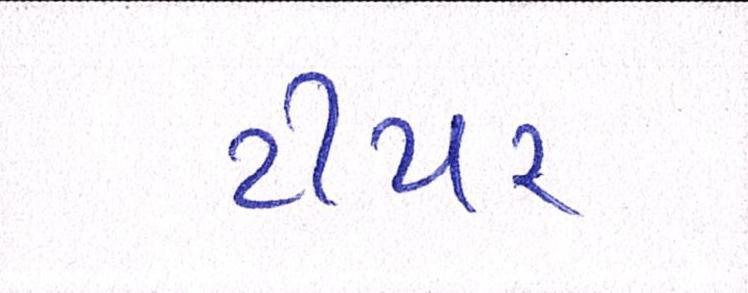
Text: ટીયર